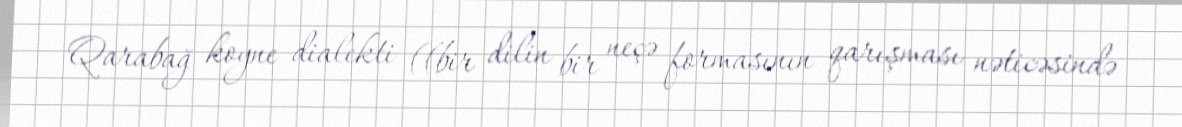
Qarabağ koyne dialekti ((bir dilin bir neçə formasının qarışması nəticəsində